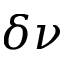
\delta \nu